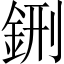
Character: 鉶